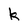
Character: k